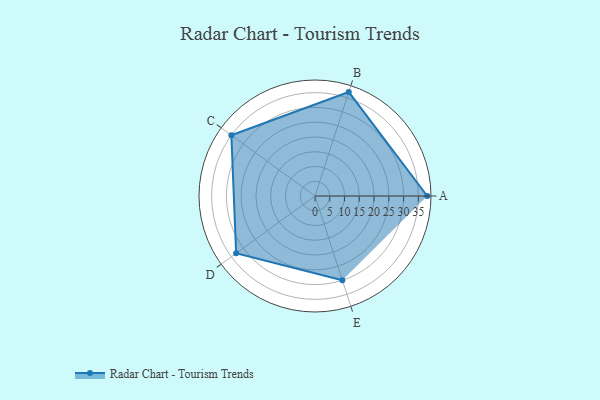
{"axis": {"x": "Skill", "y": "Score"}, "legend": ["Profile"], "data": [{"x": "A", "y": 38.0, "type": "Profile"}, {"x": "B", "y": 37.0, "type": "Profile"}, {"x": "C", "y": 35.0, "type": "Profile"}, {"x": "D", "y": 33.0, "type": "Profile"}, {"x": "E", "y": 30.0, "type": "Profile"}]}